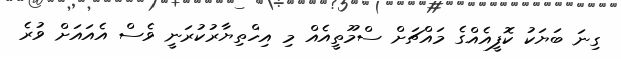
ގިނަ ބަޔަކު ކޮފީއެއްގެ މައްޗަށް ސްމޫތީއެއް މި އިހްތިޔާރުކުރަނީ ވެސް އެއައަށް ވުރެ